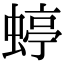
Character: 蝏